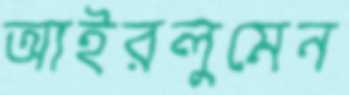
আইরলুমেন